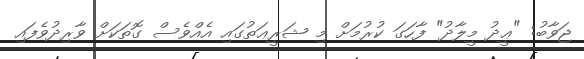
ޖަވާބު: "ޢީދު މީލާދު" ފާހަގަ ކުރުމަށް މި ޝަރީޢަތުގައި އެއްވެސް ގޮތަކަށް ވާރިދުވެފައި